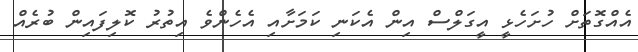
އެއްގޮތަށް ހުށަހެޅީ އީގަލްސް އިން އެކަނި ކަމަށާއި އެހެންވެ އިތުރު ކޮލިފައިން ބުރެއް